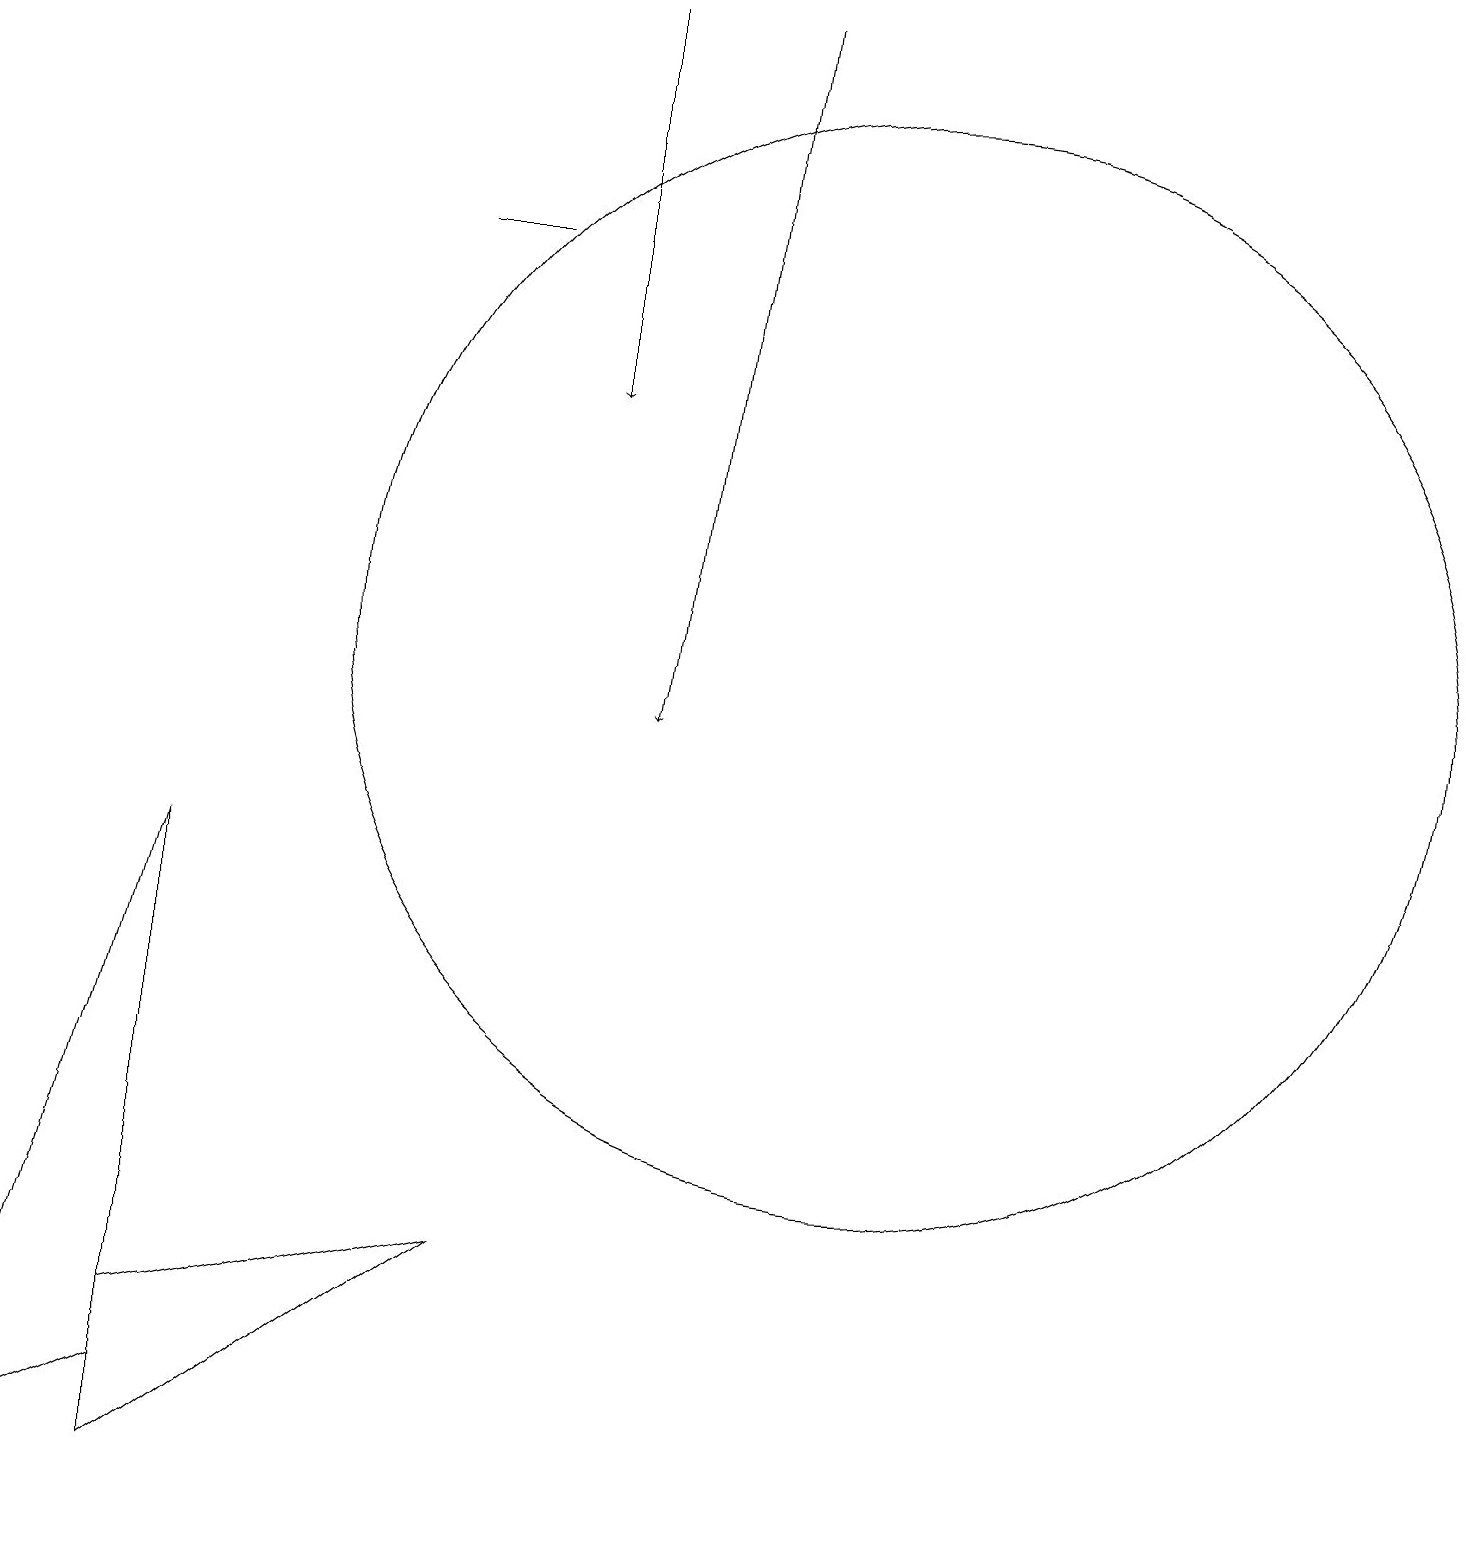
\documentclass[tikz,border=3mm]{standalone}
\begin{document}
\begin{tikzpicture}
\draw (11,11) circle (7);
\draw[->] (9,19) -- (8,10);
\draw (6,3) -- (2,2) -- (2,0) -- cycle;
\draw[->] (7,19) -- (7,14);
\draw (2,8) -- (2,1) -- (0,0) -- cycle;
\draw (5,16) rectangle (6,16);
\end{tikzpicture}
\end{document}